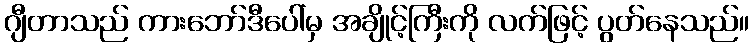
ဂျီတာသည် ကားဘော်ဒီပေါ်မှ အချိုင့်ကြီးကို လက်ဖြင့် ပွတ်နေသည်။